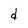
Character: d